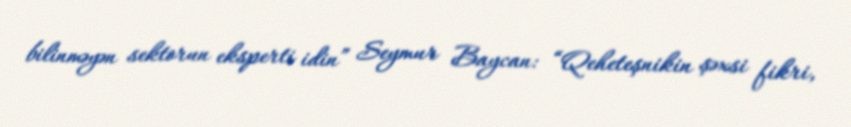
bilinməyən sektorun eksperti idin” Seymur Baycan: “Qeheteşnikin şəxsi fikri,